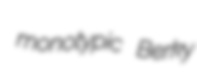
monotypic Berky